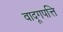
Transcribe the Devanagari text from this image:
वादूगपत्ति